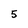
Character: 5